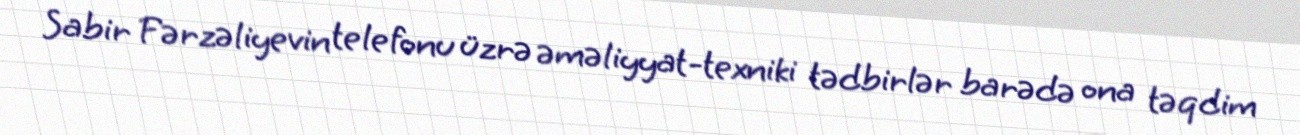
Sabir Fərzəliyevin telefonu üzrə əməliyyat-texniki tədbirlər barədə ona təqdim